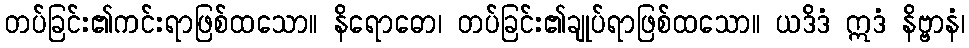
တပ်ခြင်း၏ကင်းရာဖြစ်ထသော။ နိရောဓော၊ တပ်ခြင်း၏ချုပ်ရာဖြစ်ထသော။ ယဒိဒံ ဣဒံ နိဗ္ဗာနံ၊